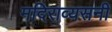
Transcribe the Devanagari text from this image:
मदिराव्यसनी